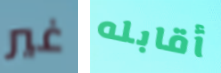
غير أقابله